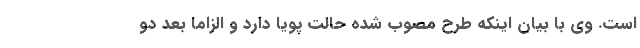
است. وی با بیان اینکه طرح مصوب شده حالت پویا دارد و الزاما بعد دو